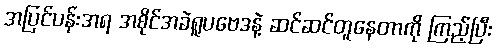
အပြင်ပန်းအရ အစိုင်အခဲရူပဗေဒနဲ့ ဆင်ဆင်တူနေတာကို ကြည့်ပြီး